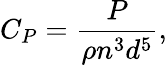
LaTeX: C_{P}=\frac{P}{\rho n^{3}d^{5}},